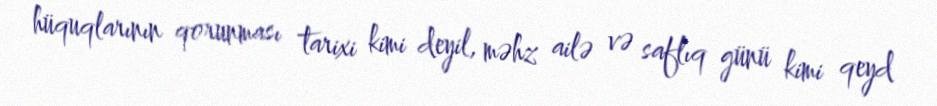
hüquqlarının qorunması tarixi kimi deyil, məhz ailə və saflıq günü kimi qeyd